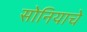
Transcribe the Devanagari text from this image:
सोनियाचे